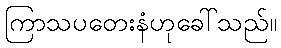
ကြာသပတေးနံဟုခေါ်သည်။